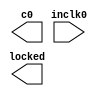
// megafunction wizard: %ALTPLL%VBB%
// GENERATION: STANDARD
// VERSION: WM1.0
// MODULE: altpll 

// ============================================================
// Megafunction Name(s):
// 			altpll
//
// Simulation Library Files(s):
// 			altera_mf
// ============================================================
// ************************************************************
// THIS IS A WIZARD-GENERATED FILE. DO NOT EDIT THIS FILE!
//
// 18.1.0 Build 625 09/12/2018 SJ Lite Edition
// ************************************************************

//Copyright (C) 2018  Intel Corporation. All rights reserved.
//Your use of Intel Corporation's design tools, logic functions 
//and other software and tools, and its AMPP partner logic 
//functions, and any output files from any of the foregoing 
//(including device programming or simulation files), and any 
//associated documentation or information are expressly subject 
//to the terms and conditions of the Intel Program License 
//Subscription Agreement, the Intel Quartus Prime License Agreement,
//the Intel FPGA IP License Agreement, or other applicable license
//agreement, including, without limitation, that your use is for
//the sole purpose of programming logic devices manufactured by
//Intel and sold by Intel or its authorized distributors.  Please
//refer to the applicable agreement for further details.

module vga_pll (
	inclk0,
	c0,
	locked);

	input	  inclk0;
	output	  c0;
	output	  locked;

endmodule

// ============================================================
// CNX file retrieval info
// ============================================================
// Retrieval info: PRIVATE: ACTIVECLK_CHECK STRING "0"
// Retrieval info: PRIVATE: BANDWIDTH STRING "1.000"
// Retrieval info: PRIVATE: BANDWIDTH_FEATURE_ENABLED STRING "1"
// Retrieval info: PRIVATE: BANDWIDTH_FREQ_UNIT STRING "MHz"
// Retrieval info: PRIVATE: BANDWIDTH_PRESET STRING "Low"
// Retrieval info: PRIVATE: BANDWIDTH_USE_AUTO STRING "1"
// Retrieval info: PRIVATE: BANDWIDTH_USE_PRESET STRING "0"
// Retrieval info: PRIVATE: CLKBAD_SWITCHOVER_CHECK STRING "0"
// Retrieval info: PRIVATE: CLKLOSS_CHECK STRING "0"
// Retrieval info: PRIVATE: CLKSWITCH_CHECK STRING "0"
// Retrieval info: PRIVATE: CNX_NO_COMPENSATE_RADIO STRING "0"
// Retrieval info: PRIVATE: CREATE_CLKBAD_CHECK STRING "0"
// Retrieval info: PRIVATE: CREATE_INCLK1_CHECK STRING "0"
// Retrieval info: PRIVATE: CUR_DEDICATED_CLK STRING "c0"
// Retrieval info: PRIVATE: CUR_FBIN_CLK STRING "c0"
// Retrieval info: PRIVATE: DEVICE_SPEED_GRADE STRING "Any"
// Retrieval info: PRIVATE: DIV_FACTOR0 NUMERIC "1"
// Retrieval info: PRIVATE: DUTY_CYCLE0 STRING "50.00000000"
// Retrieval info: PRIVATE: EFF_OUTPUT_FREQ_VALUE0 STRING "83.459999"
// Retrieval info: PRIVATE: EXPLICIT_SWITCHOVER_COUNTER STRING "0"
// Retrieval info: PRIVATE: EXT_FEEDBACK_RADIO STRING "0"
// Retrieval info: PRIVATE: GLOCKED_COUNTER_EDIT_CHANGED STRING "1"
// Retrieval info: PRIVATE: GLOCKED_FEATURE_ENABLED STRING "0"
// Retrieval info: PRIVATE: GLOCKED_MODE_CHECK STRING "0"
// Retrieval info: PRIVATE: GLOCK_COUNTER_EDIT NUMERIC "1048575"
// Retrieval info: PRIVATE: HAS_MANUAL_SWITCHOVER STRING "1"
// Retrieval info: PRIVATE: INCLK0_FREQ_EDIT STRING "50.000"
// Retrieval info: PRIVATE: INCLK0_FREQ_UNIT_COMBO STRING "MHz"
// Retrieval info: PRIVATE: INCLK1_FREQ_EDIT STRING "100.000"
// Retrieval info: PRIVATE: INCLK1_FREQ_EDIT_CHANGED STRING "1"
// Retrieval info: PRIVATE: INCLK1_FREQ_UNIT_CHANGED STRING "1"
// Retrieval info: PRIVATE: INCLK1_FREQ_UNIT_COMBO STRING "MHz"
// Retrieval info: PRIVATE: INTENDED_DEVICE_FAMILY STRING "MAX 10"
// Retrieval info: PRIVATE: INT_FEEDBACK__MODE_RADIO STRING "1"
// Retrieval info: PRIVATE: LOCKED_OUTPUT_CHECK STRING "1"
// Retrieval info: PRIVATE: LONG_SCAN_RADIO STRING "1"
// Retrieval info: PRIVATE: LVDS_MODE_DATA_RATE STRING "Not Available"
// Retrieval info: PRIVATE: LVDS_MODE_DATA_RATE_DIRTY NUMERIC "0"
// Retrieval info: PRIVATE: LVDS_PHASE_SHIFT_UNIT0 STRING "deg"
// Retrieval info: PRIVATE: MIG_DEVICE_SPEED_GRADE STRING "Any"
// Retrieval info: PRIVATE: MIRROR_CLK0 STRING "0"
// Retrieval info: PRIVATE: MULT_FACTOR0 NUMERIC "1"
// Retrieval info: PRIVATE: NORMAL_MODE_RADIO STRING "1"
// Retrieval info: PRIVATE: OUTPUT_FREQ0 STRING "83.46000000"
// Retrieval info: PRIVATE: OUTPUT_FREQ_MODE0 STRING "1"
// Retrieval info: PRIVATE: OUTPUT_FREQ_UNIT0 STRING "MHz"
// Retrieval info: PRIVATE: PHASE_RECONFIG_FEATURE_ENABLED STRING "1"
// Retrieval info: PRIVATE: PHASE_RECONFIG_INPUTS_CHECK STRING "0"
// Retrieval info: PRIVATE: PHASE_SHIFT0 STRING "0.00000000"
// Retrieval info: PRIVATE: PHASE_SHIFT_STEP_ENABLED_CHECK STRING "0"
// Retrieval info: PRIVATE: PHASE_SHIFT_UNIT0 STRING "deg"
// Retrieval info: PRIVATE: PLL_ADVANCED_PARAM_CHECK STRING "0"
// Retrieval info: PRIVATE: PLL_ARESET_CHECK STRING "0"
// Retrieval info: PRIVATE: PLL_AUTOPLL_CHECK NUMERIC "1"
// Retrieval info: PRIVATE: PLL_ENHPLL_CHECK NUMERIC "0"
// Retrieval info: PRIVATE: PLL_FASTPLL_CHECK NUMERIC "0"
// Retrieval info: PRIVATE: PLL_FBMIMIC_CHECK STRING "0"
// Retrieval info: PRIVATE: PLL_LVDS_PLL_CHECK NUMERIC "0"
// Retrieval info: PRIVATE: PLL_PFDENA_CHECK STRING "0"
// Retrieval info: PRIVATE: PLL_TARGET_HARCOPY_CHECK NUMERIC "0"
// Retrieval info: PRIVATE: PRIMARY_CLK_COMBO STRING "inclk0"
// Retrieval info: PRIVATE: RECONFIG_FILE STRING "vga_pll.mif"
// Retrieval info: PRIVATE: SACN_INPUTS_CHECK STRING "0"
// Retrieval info: PRIVATE: SCAN_FEATURE_ENABLED STRING "1"
// Retrieval info: PRIVATE: SELF_RESET_LOCK_LOSS STRING "0"
// Retrieval info: PRIVATE: SHORT_SCAN_RADIO STRING "0"
// Retrieval info: PRIVATE: SPREAD_FEATURE_ENABLED STRING "0"
// Retrieval info: PRIVATE: SPREAD_FREQ STRING "50.000"
// Retrieval info: PRIVATE: SPREAD_FREQ_UNIT STRING "KHz"
// Retrieval info: PRIVATE: SPREAD_PERCENT STRING "0.500"
// Retrieval info: PRIVATE: SPREAD_USE STRING "0"
// Retrieval info: PRIVATE: SRC_SYNCH_COMP_RADIO STRING "0"
// Retrieval info: PRIVATE: STICKY_CLK0 STRING "1"
// Retrieval info: PRIVATE: STICKY_CLK1 STRING "0"
// Retrieval info: PRIVATE: STICKY_CLK2 STRING "0"
// Retrieval info: PRIVATE: STICKY_CLK3 STRING "0"
// Retrieval info: PRIVATE: STICKY_CLK4 STRING "0"
// Retrieval info: PRIVATE: SWITCHOVER_COUNT_EDIT NUMERIC "1"
// Retrieval info: PRIVATE: SWITCHOVER_FEATURE_ENABLED STRING "1"
// Retrieval info: PRIVATE: SYNTH_WRAPPER_GEN_POSTFIX STRING "0"
// Retrieval info: PRIVATE: USE_CLK0 STRING "1"
// Retrieval info: PRIVATE: USE_CLKENA0 STRING "0"
// Retrieval info: PRIVATE: USE_MIL_SPEED_GRADE NUMERIC "0"
// Retrieval info: PRIVATE: ZERO_DELAY_RADIO STRING "0"
// Retrieval info: LIBRARY: altera_mf altera_mf.altera_mf_components.all
// Retrieval info: CONSTANT: BANDWIDTH_TYPE STRING "AUTO"
// Retrieval info: CONSTANT: CLK0_DIVIDE_BY NUMERIC "2500"
// Retrieval info: CONSTANT: CLK0_DUTY_CYCLE NUMERIC "50"
// Retrieval info: CONSTANT: CLK0_MULTIPLY_BY NUMERIC "4173"
// Retrieval info: CONSTANT: CLK0_PHASE_SHIFT STRING "0"
// Retrieval info: CONSTANT: COMPENSATE_CLOCK STRING "CLK0"
// Retrieval info: CONSTANT: INCLK0_INPUT_FREQUENCY NUMERIC "20000"
// Retrieval info: CONSTANT: INTENDED_DEVICE_FAMILY STRING "MAX 10"
// Retrieval info: CONSTANT: LPM_TYPE STRING "altpll"
// Retrieval info: CONSTANT: OPERATION_MODE STRING "NORMAL"
// Retrieval info: CONSTANT: PLL_TYPE STRING "AUTO"
// Retrieval info: CONSTANT: PORT_ACTIVECLOCK STRING "PORT_UNUSED"
// Retrieval info: CONSTANT: PORT_ARESET STRING "PORT_UNUSED"
// Retrieval info: CONSTANT: PORT_CLKBAD0 STRING "PORT_UNUSED"
// Retrieval info: CONSTANT: PORT_CLKBAD1 STRING "PORT_UNUSED"
// Retrieval info: CONSTANT: PORT_CLKLOSS STRING "PORT_UNUSED"
// Retrieval info: CONSTANT: PORT_CLKSWITCH STRING "PORT_UNUSED"
// Retrieval info: CONSTANT: PORT_CONFIGUPDATE STRING "PORT_UNUSED"
// Retrieval info: CONSTANT: PORT_FBIN STRING "PORT_UNUSED"
// Retrieval info: CONSTANT: PORT_INCLK0 STRING "PORT_USED"
// Retrieval info: CONSTANT: PORT_INCLK1 STRING "PORT_UNUSED"
// Retrieval info: CONSTANT: PORT_LOCKED STRING "PORT_USED"
// Retrieval info: CONSTANT: PORT_PFDENA STRING "PORT_UNUSED"
// Retrieval info: CONSTANT: PORT_PHASECOUNTERSELECT STRING "PORT_UNUSED"
// Retrieval info: CONSTANT: PORT_PHASEDONE STRING "PORT_UNUSED"
// Retrieval info: CONSTANT: PORT_PHASESTEP STRING "PORT_UNUSED"
// Retrieval info: CONSTANT: PORT_PHASEUPDOWN STRING "PORT_UNUSED"
// Retrieval info: CONSTANT: PORT_PLLENA STRING "PORT_UNUSED"
// Retrieval info: CONSTANT: PORT_SCANACLR STRING "PORT_UNUSED"
// Retrieval info: CONSTANT: PORT_SCANCLK STRING "PORT_UNUSED"
// Retrieval info: CONSTANT: PORT_SCANCLKENA STRING "PORT_UNUSED"
// Retrieval info: CONSTANT: PORT_SCANDATA STRING "PORT_UNUSED"
// Retrieval info: CONSTANT: PORT_SCANDATAOUT STRING "PORT_UNUSED"
// Retrieval info: CONSTANT: PORT_SCANDONE STRING "PORT_UNUSED"
// Retrieval info: CONSTANT: PORT_SCANREAD STRING "PORT_UNUSED"
// Retrieval info: CONSTANT: PORT_SCANWRITE STRING "PORT_UNUSED"
// Retrieval info: CONSTANT: PORT_clk0 STRING "PORT_USED"
// Retrieval info: CONSTANT: PORT_clk1 STRING "PORT_UNUSED"
// Retrieval info: CONSTANT: PORT_clk2 STRING "PORT_UNUSED"
// Retrieval info: CONSTANT: PORT_clk3 STRING "PORT_UNUSED"
// Retrieval info: CONSTANT: PORT_clk4 STRING "PORT_UNUSED"
// Retrieval info: CONSTANT: PORT_clk5 STRING "PORT_UNUSED"
// Retrieval info: CONSTANT: PORT_clkena0 STRING "PORT_UNUSED"
// Retrieval info: CONSTANT: PORT_clkena1 STRING "PORT_UNUSED"
// Retrieval info: CONSTANT: PORT_clkena2 STRING "PORT_UNUSED"
// Retrieval info: CONSTANT: PORT_clkena3 STRING "PORT_UNUSED"
// Retrieval info: CONSTANT: PORT_clkena4 STRING "PORT_UNUSED"
// Retrieval info: CONSTANT: PORT_clkena5 STRING "PORT_UNUSED"
// Retrieval info: CONSTANT: PORT_extclk0 STRING "PORT_UNUSED"
// Retrieval info: CONSTANT: PORT_extclk1 STRING "PORT_UNUSED"
// Retrieval info: CONSTANT: PORT_extclk2 STRING "PORT_UNUSED"
// Retrieval info: CONSTANT: PORT_extclk3 STRING "PORT_UNUSED"
// Retrieval info: CONSTANT: SELF_RESET_ON_LOSS_LOCK STRING "OFF"
// Retrieval info: CONSTANT: WIDTH_CLOCK NUMERIC "5"
// Retrieval info: USED_PORT: @clk 0 0 5 0 OUTPUT_CLK_EXT VCC "@clk[4..0]"
// Retrieval info: USED_PORT: c0 0 0 0 0 OUTPUT_CLK_EXT VCC "c0"
// Retrieval info: USED_PORT: inclk0 0 0 0 0 INPUT_CLK_EXT GND "inclk0"
// Retrieval info: USED_PORT: locked 0 0 0 0 OUTPUT GND "locked"
// Retrieval info: CONNECT: @inclk 0 0 1 1 GND 0 0 0 0
// Retrieval info: CONNECT: @inclk 0 0 1 0 inclk0 0 0 0 0
// Retrieval info: CONNECT: c0 0 0 0 0 @clk 0 0 1 0
// Retrieval info: CONNECT: locked 0 0 0 0 @locked 0 0 0 0
// Retrieval info: GEN_FILE: TYPE_NORMAL vga_pll.v TRUE
// Retrieval info: GEN_FILE: TYPE_NORMAL vga_pll.ppf TRUE
// Retrieval info: GEN_FILE: TYPE_NORMAL vga_pll.inc FALSE
// Retrieval info: GEN_FILE: TYPE_NORMAL vga_pll.cmp FALSE
// Retrieval info: GEN_FILE: TYPE_NORMAL vga_pll.bsf FALSE
// Retrieval info: GEN_FILE: TYPE_NORMAL vga_pll_inst.v TRUE
// Retrieval info: GEN_FILE: TYPE_NORMAL vga_pll_bb.v TRUE
// Retrieval info: LIB_FILE: altera_mf
// Retrieval info: CBX_MODULE_PREFIX: ON